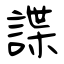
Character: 諜